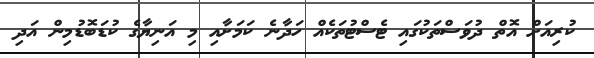
ކުރިއަށް އޮތް ދުވަސްތަކުގައި ޓެސްޓުތަކެއް ހަދާނެ ކަމަށާއި މި އަނިޔާގެ ކުޑަބޮޑުމިން އަދި